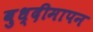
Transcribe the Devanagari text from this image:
बुध्दीमापन